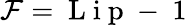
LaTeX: \mathcal{F}=\mathrm{~L~i~p~-~}1